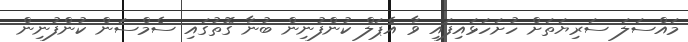
މައްސަލަ ސަރިޔަތަށް ހުށަހަޅައިފައި ވާ އެޕަލް ކުންފުނިން ބުނާ ގޮތުގައި ސެމްސަން ކުންފުނިން